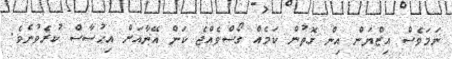
ނަމަވެސް އިޒްޔަން އިން ގޮތުން ކަމެއް ގޯސްވެއްޖެ ކަން އޭނާއަށް އިޙުސާސް ކުރެވުނެވެ.